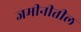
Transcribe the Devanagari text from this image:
जमीनीतील